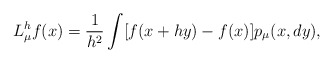
\begin{align*}L_{\mu}^hf(x)=\frac{1}{h^2}\int [f(x+hy)-f(x)] p_{\mu}(x,dy),\end{align*}